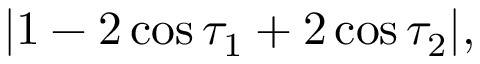
\begin{array} { r } { | 1 - 2 \cos \tau _ { 1 } + 2 \cos \tau _ { 2 } | , } \end{array}